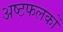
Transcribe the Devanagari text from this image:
अष्टफलकों